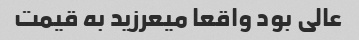
عالی بود واقعا میعرزید به قیمت